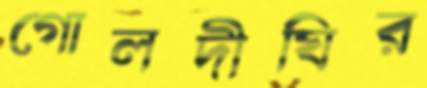
গোলদীঘির